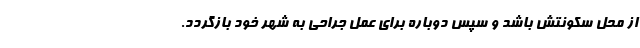
از محل سکونتش باشد و سپس دوباره برای عمل جراحی به شهر خود بازگردد.